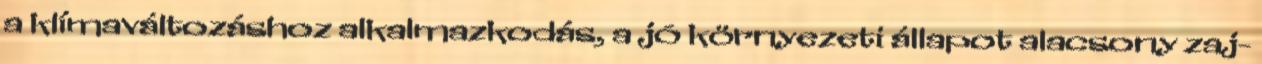
a klímaváltozáshoz alkalmazkodás, a jó környezeti állapot alacsony zaj-